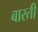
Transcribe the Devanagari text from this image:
बारती